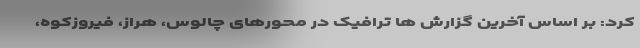
کرد: بر اساس آخرین گزارش ها ترافیک در محورهای چالوس، هراز، فیروزکوه،